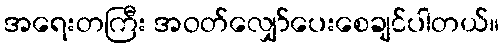
အရေးတကြီး အဝတ်လျှော်ပေးစေချင်ပါတယ်။